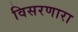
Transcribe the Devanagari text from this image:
विसरणारा